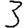
Digit: 3